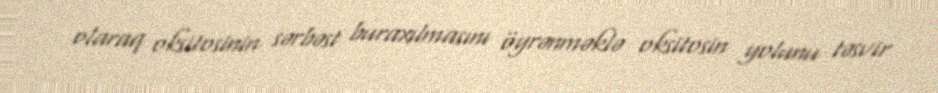
olaraq oksitosinin sərbəst buraxılmasını öyrənməklə oksitosin yolunu təsvir